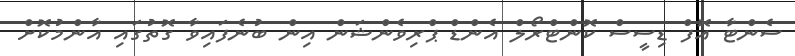
ސެންޓާ އޮފް ޑިސީސް ކޮންޓްރޯލް އެންޑް ޕްރިވެންޝަން އިން ބުނެފައިވާ ގޮތުގައި އާންމުކޮށް